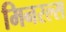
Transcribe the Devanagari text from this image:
मिनरल्‍स